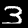
Label: 3